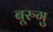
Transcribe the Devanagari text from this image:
बूरुगु